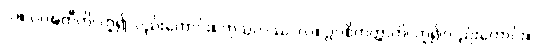
လ။ ပဝဍ္ဎတီတိ၊ ဟူ၍လည်းကောင်း။ ကုသလဿ၊ လ။ ဥပစိတတ္တာတိ၊ ဟူ၍လည်းကောင်း။